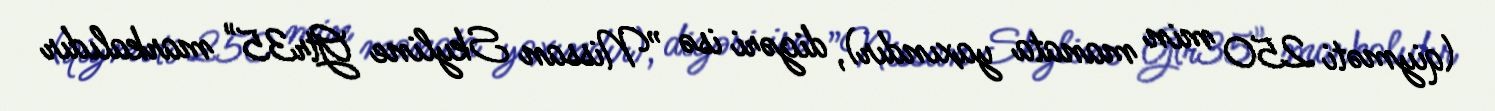
(qiyməti 250 min manata yaxındır), digəri isə ”Nissan Skyline Gtr35" markalıdır